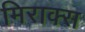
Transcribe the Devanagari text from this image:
मिराक्स